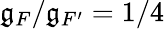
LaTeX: \mathfrak{g}_{F}/\mathfrak{g}_{F^{\prime}}=1/4